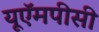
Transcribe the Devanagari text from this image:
यूऍमपीसी